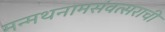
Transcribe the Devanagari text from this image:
मन्मथनामसंवत्सराची